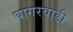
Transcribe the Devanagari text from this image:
घागरवाडी